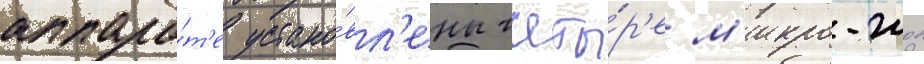
аппара́т'е устано́вл'ены четы́р'е м'икро-жрд